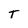
Character: T